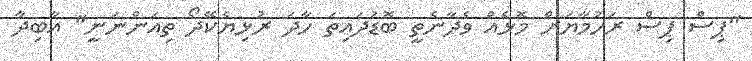
"ޕިސް ޕިސް ރަހުމާޔަށް މޮޅެއް ވެދާނެތީ ބޮޑުދައިތަ ހާދަ ރުޅިޔެކޭދޯ ތިއަންނަނީ" އާބިދާ